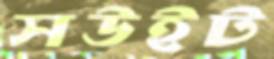
সউইট